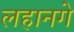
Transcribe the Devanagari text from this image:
लहानगे